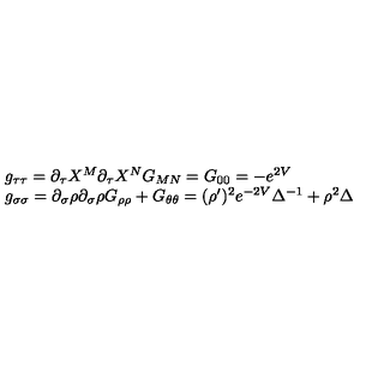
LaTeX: \begin{array} { l } { g _ { \tau \tau } = \partial _ { \tau } X ^ { M } \partial _ { \tau } X ^ { N } G _ { M N } = G _ { 0 0 } = - e ^ { 2 V } } \\ { g _ { \sigma \sigma } = \partial _ { \sigma } \rho \partial _ { \sigma } \rho G _ { \rho \rho } + G _ { \theta \theta } = ( \rho ^ { \prime } ) ^ { 2 } e ^ { - 2 V } \Delta ^ { - 1 } + \rho ^ { 2 } \Delta } \\ \end{array}